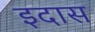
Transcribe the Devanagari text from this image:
इदास